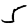
Digit: 5